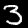
Label: 3